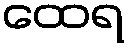
ထေရ